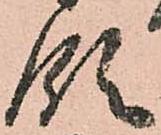
領